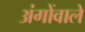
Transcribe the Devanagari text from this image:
अंगोंवाले